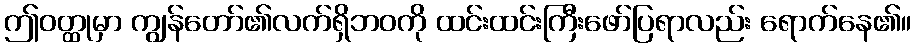
ဤဝတ္ထုမှာ ကျွန်တော်၏လက်ရှိဘဝကို ထင်းထင်းကြီးဖော်ပြရာလည်း ရောက်နေ၏။